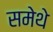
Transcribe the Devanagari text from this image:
समेथे